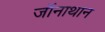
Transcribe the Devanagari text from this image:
जॉनाथान